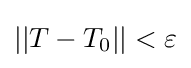
||T-T_{0}||<\varepsilon